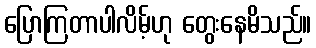
ပြောကြတာပါလိမ့်ဟု တွေးနေမိသည်။